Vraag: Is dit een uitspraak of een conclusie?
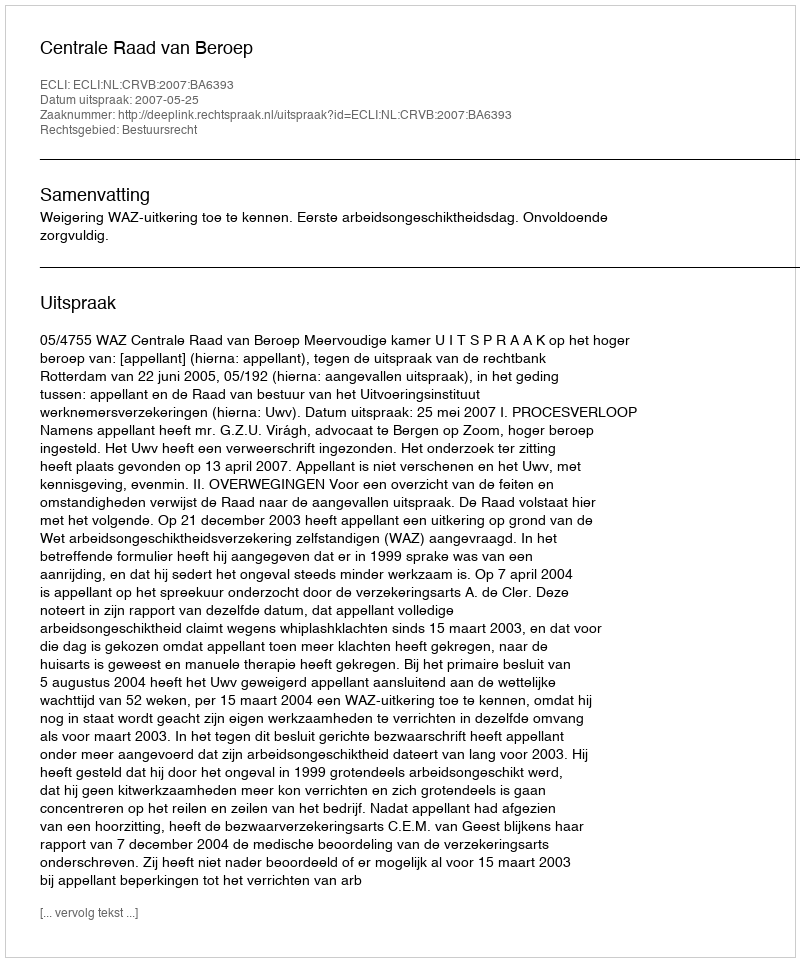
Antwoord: Uitspraak